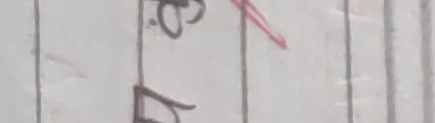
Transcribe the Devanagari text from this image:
छं
५